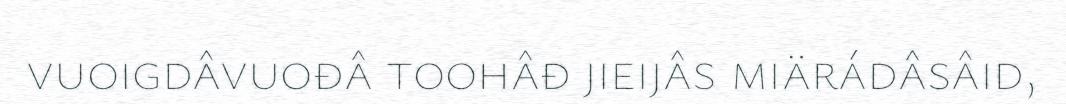
vuoigdâvuođâ toohâđ jieijâs miärádâsâid,